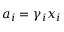
a _ { i } = \gamma _ { i } x _ { i }